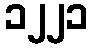
၁၂၂၁